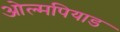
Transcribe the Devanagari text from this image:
ओल्मपियाड